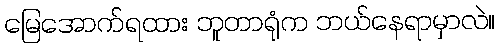
မြေအောက်ရထား ဘူတာရုံက ဘယ်နေရာမှာလဲ။